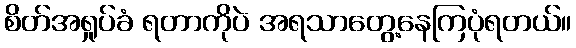
စိတ်အရှုပ်ခံ ရတာကိုပဲ အရသာတွေ့နေကြပုံရတယ်။